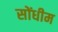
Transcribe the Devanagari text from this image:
सोंधीम